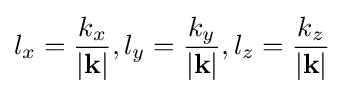
l_{x}={\frac {k_{x}}{|\mathbf {k} |}},l_{y}={\frac {k_{y}}{|\mathbf {k} |}},l_{z}={\frac {k_{z}}{|\mathbf {k} |}}